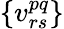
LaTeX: \{ v_{rs}^{pq}\}